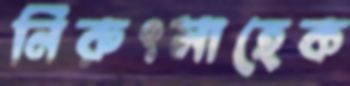
নিরুৎসাহেক